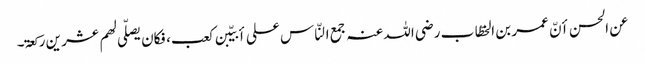
عن الحسن أنّ عمر بن الخطّاب رضی اللہ عنہ جمع النّاس علی أبیّبن کعب، فکان یصلّی لھم عشر ین رکعۃ۔